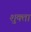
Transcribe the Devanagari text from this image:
शुक्ता